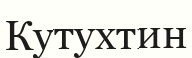
Кутухтин